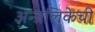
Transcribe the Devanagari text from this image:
अन्न्नलिकेची